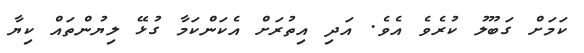
ކަމަށް ގަބޫލު ކުރެވެ އެވެ. އަދި އިތުރަށް އެކަންކަމާ ގުޅޭ ލިޔުންތައް ކިޔާ